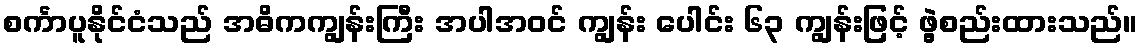
စင်္ကာပူနိုင်ငံသည် အဓိကကျွန်းကြီး အပါအဝင် ကျွန်း ပေါင်း ၆၃ ကျွန်းဖြင့် ဖွဲ့စည်းထားသည်။